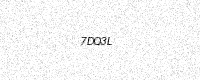
Text: 7DQ3L